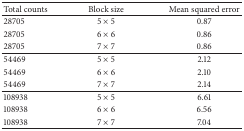
<table><thead><tr><td><b>Total counts</b></td><td><b>Block size</b></td><td><b>Mean squared error</b></td></tr></thead><tbody><tr><td>28705</td><td>5 × 5</td><td>0.87</td></tr><tr><td>28705</td><td>6 × 6</td><td>0.86</td></tr><tr><td>28705</td><td>7 × 7</td><td>0.86</td></tr><tr><td>54469</td><td>5 × 5</td><td>2.12</td></tr><tr><td>54469</td><td>6 × 6</td><td>2.10</td></tr><tr><td>54469</td><td>7 × 7</td><td>2.14</td></tr><tr><td>108938</td><td>5 × 5</td><td>6.61</td></tr><tr><td>108938</td><td>6 × 6</td><td>6.56</td></tr><tr><td>108938</td><td>7 × 7</td><td>7.04</td></tr></tbody></table>